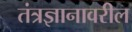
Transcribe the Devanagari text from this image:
तंत्रज्ञानावरील